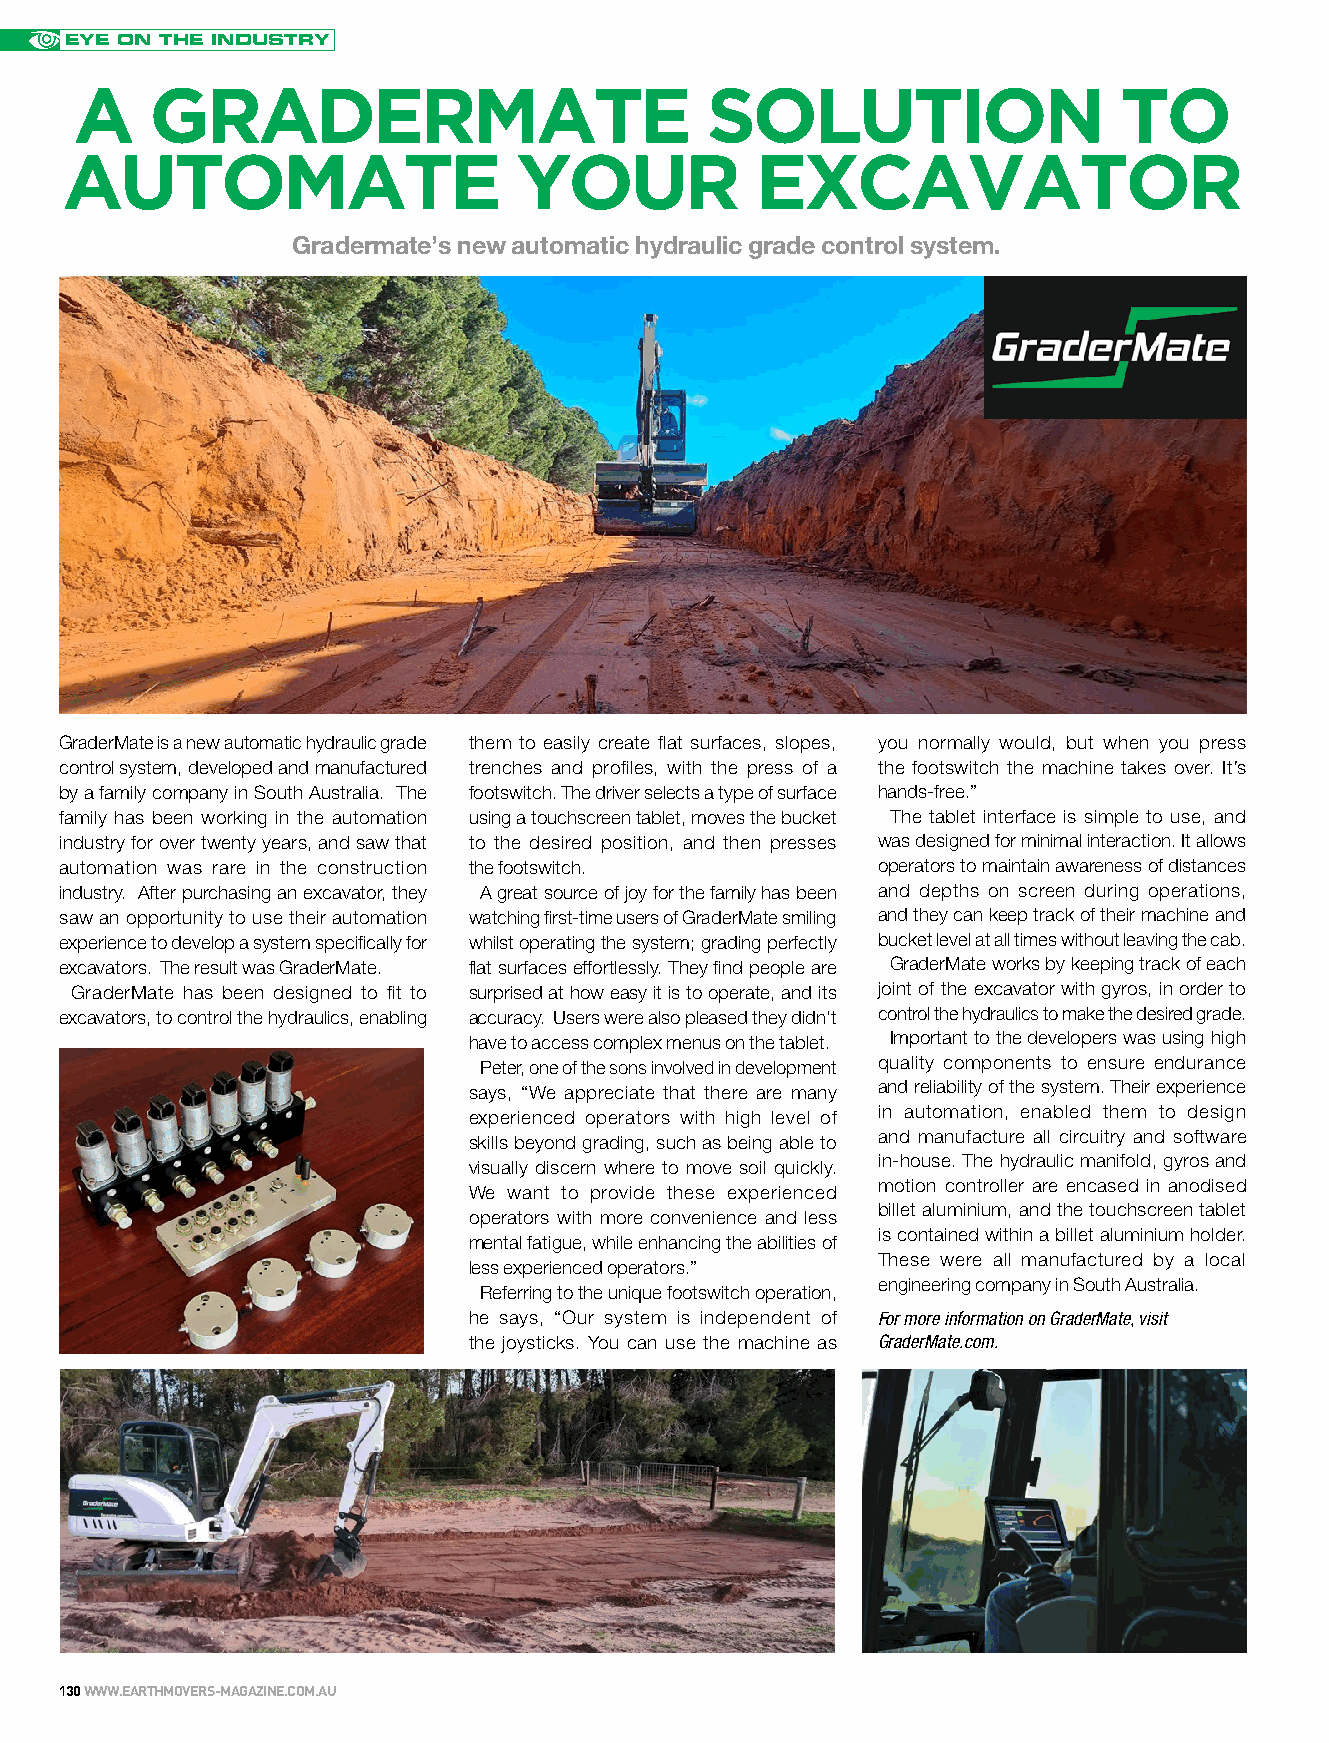
EYE ON THE INDUSTRY
 A    GRADERMATE                           SOLUTION                   TO
 AUTOMATE                      YOUR            EXCAVATOR
 Gradermate’s new automatic hydraulic grade control system.
 GraderMate is a new automatic hydraulic grade them to easily create flat surfaces, slopes, you normally would, but when you press
 control system, developed and manufactured trenches and profiles, with the press of a the footswitch the machine takes over. It’s
 by a family company in South Australia. The footswitch. The driver selects a type of surface hands-free.”
 family has been working in the automation using a touchscreen tablet, moves the bucket The tablet interface is simple to use, and
 industry for over twenty years, and saw that to the desired position, and then presses was designed for minimal interaction. It allows
 automation was rare in the construction the footswitch. operators to maintain awareness of distances
 industry. After purchasing an excavator, they A great source of joy for the family has been and depths on screen during operations,
 saw an opportunity to use their automation watching first-time users of GraderMate smiling and they can keep track of their machine and
 experience to develop a system specifically for whilst operating the system; grading perfectly bucket level at all times without leaving the cab.
 excavators. The result was GraderMate. flat surfaces effortlessly. They find people are GraderMate works by keeping track of each
 GraderMate has been designed to fit to surprised at how easy it is to operate, and its joint of the excavator with gyros, in order to
 excavators, to control the hydraulics, enabling accuracy. Users were also pleased they didn’t control the hydraulics to make the desired grade.
 have to access complex menus on the tablet. Important to the developers was using high
 Peter, one of the sons involved in development quality components to ensure endurance
 says, “We appreciate that there are many and reliability of the system. Their experience
 experienced operators with high level of in automation, enabled them to design
 and manufacture all circuitry and software
 skills beyond grading, such as being able to
 in-house. The hydraulic manifold, gyros and
 visually discern where to move soil quickly.
 motion controller are encased in anodised
 We want to provide these experienced
 billet aluminium, and the touchscreen tablet
 operators with more convenience and less
 is contained within a billet aluminium holder.
 mental fatigue, while enhancing the abilities of
 These were all manufactured by a local
 less experienced operators.”
 engineering company in South Australia.
 Referring to the unique footswitch operation,
 he says, “Our system is independent of For more information on GraderMate, visit
 the joysticks. You can use the machine as GraderMate.com.
 130 WWW.EARTHMOVERS-MAGAZINE.COM.AU